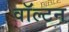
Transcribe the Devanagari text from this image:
वाॅल्टन